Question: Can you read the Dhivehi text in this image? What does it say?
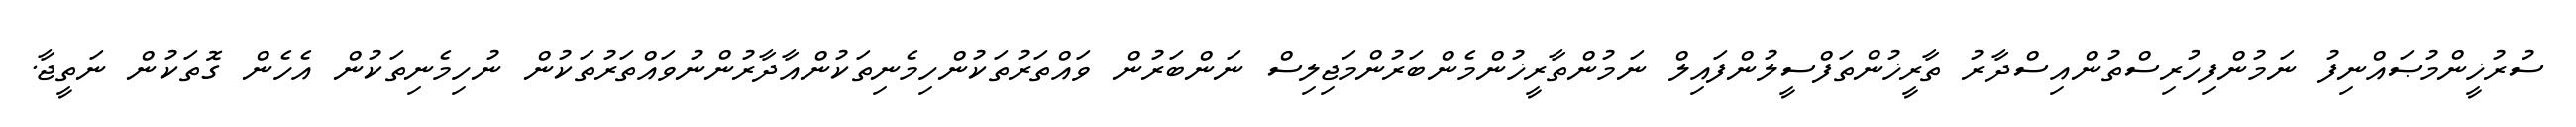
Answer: ސުރުޚީންމުޞައްނިފު ނަމުންފިހުރިސްތުންއިސްދާރު ތާރީޚުންތަފްސީލުންފައިލް ނަމުންތާރީޚުންމެންބަރުންމަޖިލިސް ނަންބަރުން ވައްތަރުތަކުންހިމެނިތަކުންއާދާރުންނުވައްތަރުތަކުން ނުހިމެނިތަކުން އެހެން ގޮތަކުން ނަތީޖާ.